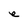
Character: e